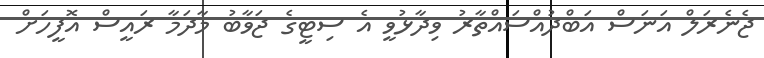
ޖެނެރަލް އަނަސް އަބްދުއްސައްތާރު ވިދާޅުވީ އެ ސިޓީގެ ޖަވާބު މާދަމާ ރައީސް އޮފީހަށް